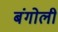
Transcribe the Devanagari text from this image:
बंगोली